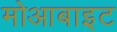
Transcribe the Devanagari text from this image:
मोआबाइट